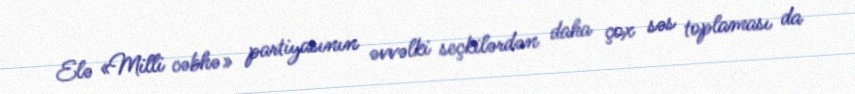
Elə «Milli cəbhə» partiyasının əvvəlki seçkilərdən daha çox səs toplaması da